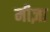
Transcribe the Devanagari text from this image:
मीज़ा